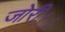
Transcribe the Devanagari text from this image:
जोरी।।